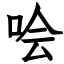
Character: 哙